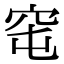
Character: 窀